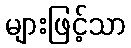
များဖြင့်သာ